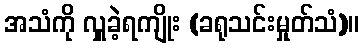
အသံကို လှူခဲ့ရကျိုး (ခရုသင်းမှုတ်သံ)။